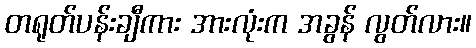
တရုတ်ပန်းချီကား အားလုံးက အခွန် လွတ်လား။